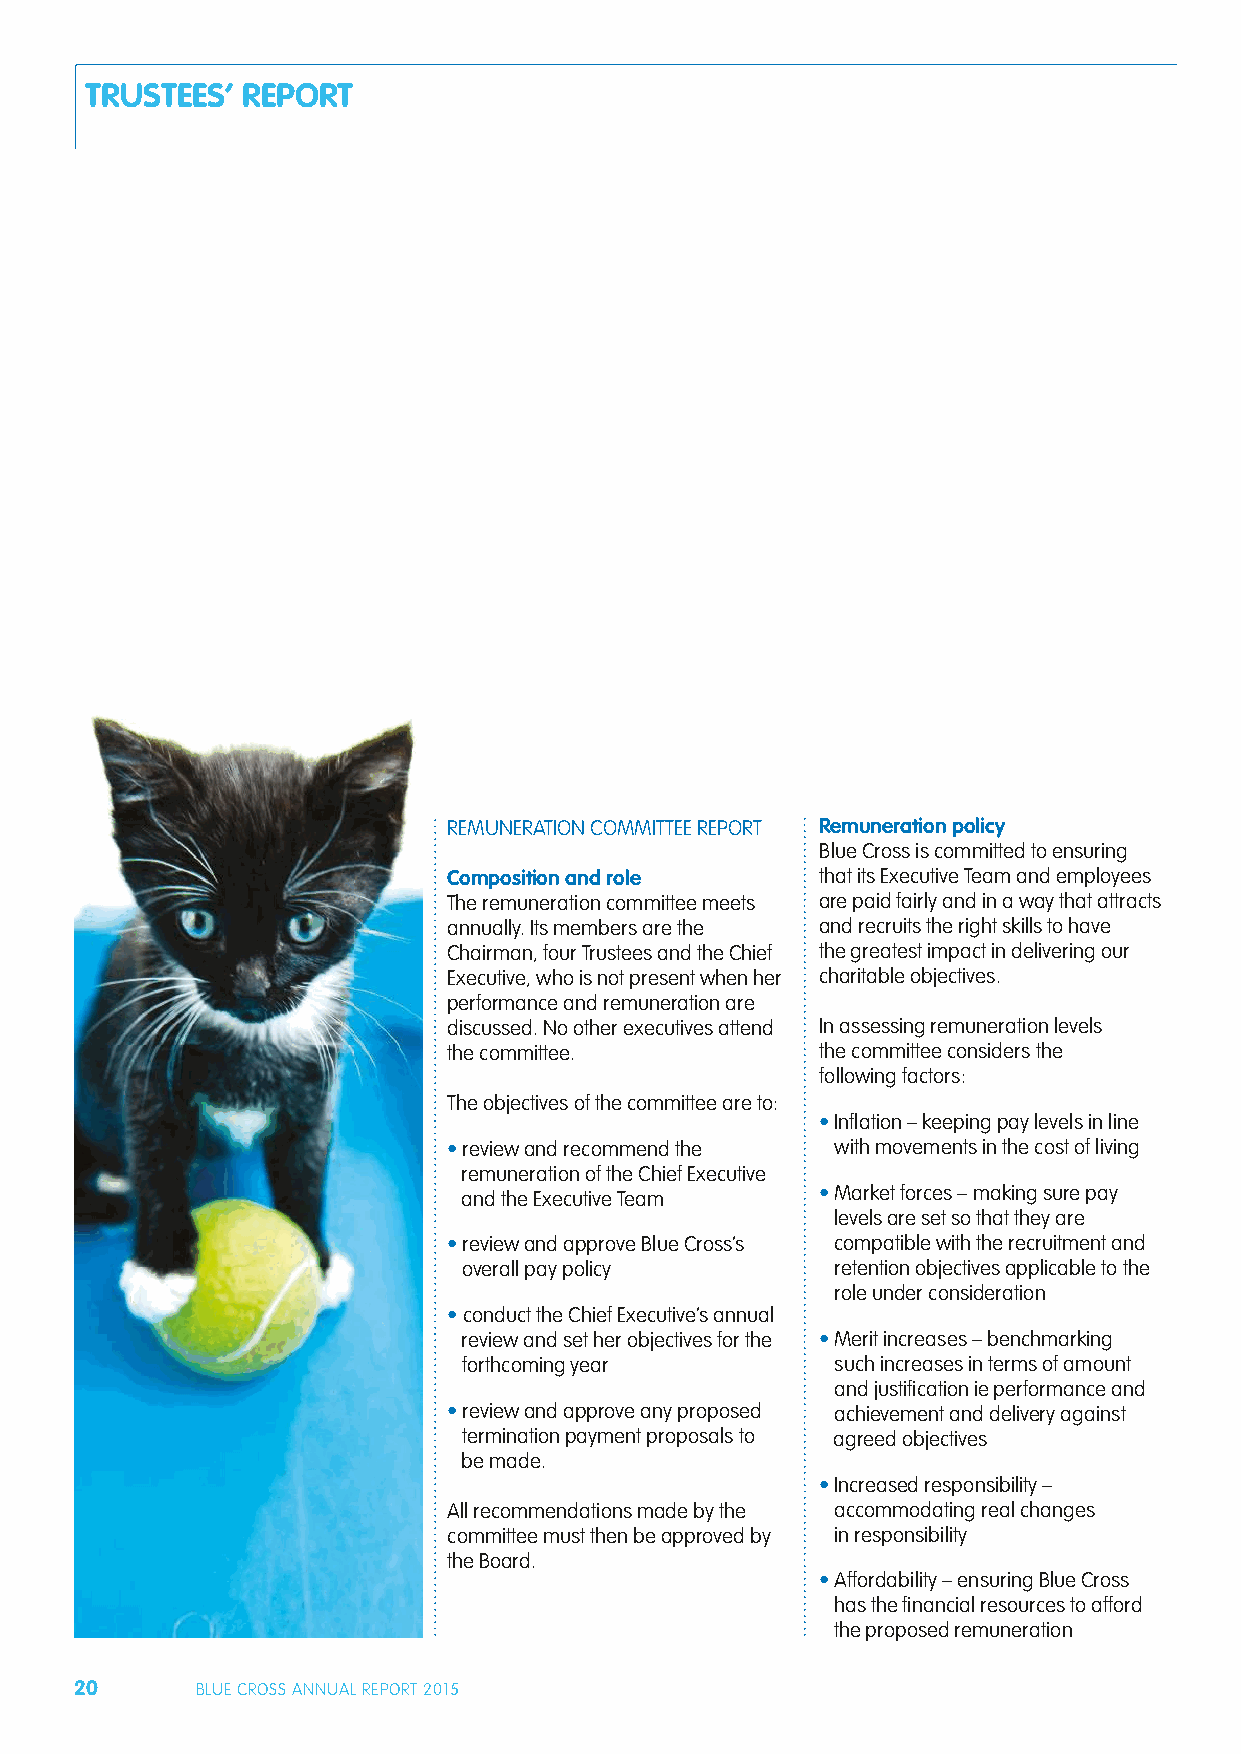
TRUSTEES’ REPORT
 REMUNERATION COMMITTEE REPORT Remuneration policy
 Blue Cross is committed to ensuring
 Composition and role    that its Executive Team and employees
 The remuneration committee meets are paid fairly and in a way that attracts
 annually. Its members are the and recruits the right skills to have
 Chairman, four Trustees and the Chief the greatest impact in delivering our
 Executive, who is not present when her charitable objectives.
 performance and remuneration are
 discussed. No other executives attend In assessing remuneration levels
 the committee.          the committee considers the
 following factors:
 The objectives of the committee are to:
 • Infl ation – keeping pay levels in line
 • review and recommend the with movements in the cost of living
 remuneration of the Chief Executive
 and the Executive Team • Market forces – making sure pay
 levels are set so that they are
 • review and approve Blue Cross’s compatible with the recruitment and
 overall pay policy      retention objectives applicable to the
 role under consideration
 • conduct the Chief Executive’s annual
 review and set her objectives for the • Merit increases – benchmarking
 forthcoming year        such increases in terms of amount
 and justifi cation ie performance and
 • review and approve any proposed achievement and delivery against
 termination payment proposals to agreed objectives
 be made.
 • Increased responsibility –
 All recommendations made by the accommodating real changes
 committee must then be approved by in responsibility
 the Board.
 • Affordability – ensuring Blue Cross
 has the fi nancial resources to afford
 the proposed remuneration
 20      BLUE CROSS ANNUAL REPORT 2015